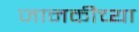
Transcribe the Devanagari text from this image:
जानकीच्या